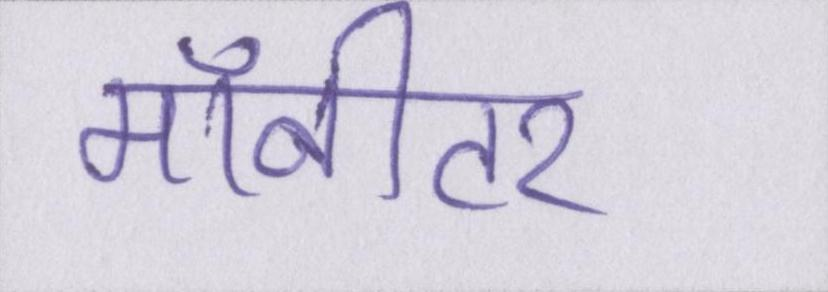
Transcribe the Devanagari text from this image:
मॉनीटर